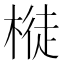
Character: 𣘊